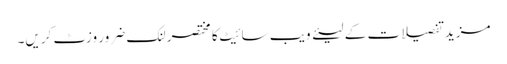
مزید تفصیلات کے لیئے ویب سائیٹ کا مختصر لنک ضرور وزٹ کریں۔